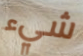
شيء